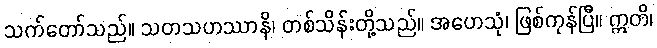
သက်တော်သည်။ သတသဟဿာနိ၊ တစ်သိန်းတို့သည်။ အဟေသုံ၊ ဖြစ်ကုန်ပြီ။ ဣတိ၊